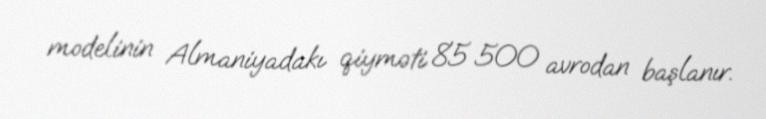
modelinin Almaniyadakı qiyməti 85 500 avrodan başlanır.